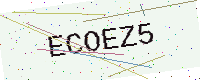
Text: ECOEZ5